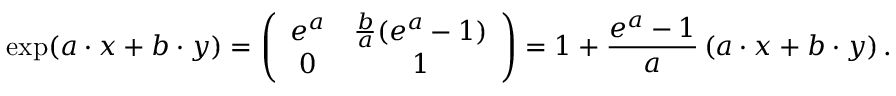
\exp ( a \cdot { } x + b \cdot { } y ) = \left( { \begin{array} { c c } { e ^ { a } } & { { \frac { b } { a } } ( e ^ { a } - 1 ) } \\ { 0 } & { 1 } \end{array} } \right) = 1 + { \frac { e ^ { a } - 1 } { a } } \left( a \cdot { } x + b \cdot { } y \right) .